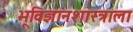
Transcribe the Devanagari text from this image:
भूविज्ञानशास्त्राला